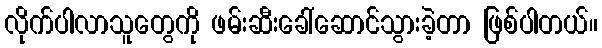
လိုက်ပါလာသူတွေကို ဖမ်းဆီးခေါ်ဆောင်သွားခဲ့တာ ဖြစ်ပါတယ်။